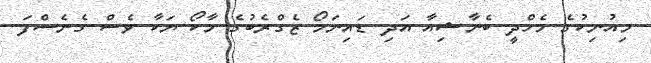
މިއުނިކުގެ މެހްދީ ބެނާޝިއާ އަދި ޑައިނަމޯ ޒެގްރެބުގެ މާކޯ ޔަކާ ވެސް ގެނެސްފަ